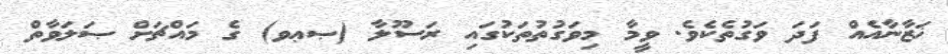
ޚަޒާނާއެއް ފަދަ ވަގުތެކެވެ. ވީމާ މިވަގުތުތަކުގައި ރަސޫލާ (ޞޢވ) ގެ މައްޗަށް ޞަލަވާތް